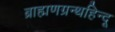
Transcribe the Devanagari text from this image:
ब्राह्मणग्रन्थहिन्दू